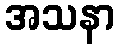
အသနာ